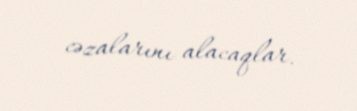
cəzalarını alacaqlar.